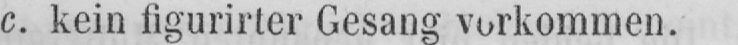
c. kein figurirter Gesang vorkommen.